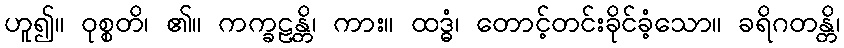
ဟူ၍။ ဝုစ္စတိ၊ ၏။ ကက္ခဠန္တိ၊ ကား။ ထဒ္ဓံ၊ တောင့်တင်းခိုင်ခံ့သော။ ခရိဂတန္တိ၊